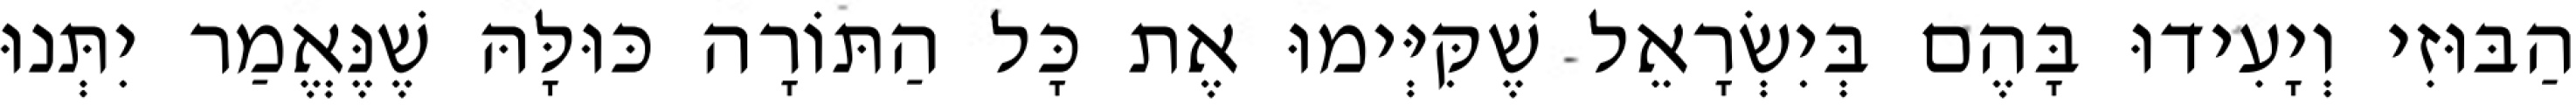
הַבּוּזִי וְיָעִידוּ בָּהֶם בְּיִשְׂרָאֵל שֶׁקִּיְּימוּ אֶת כָּל הַתּוֹרָה כּוּלָּהּ שֶׁנֶּאֱמַר יִתְּנוּ